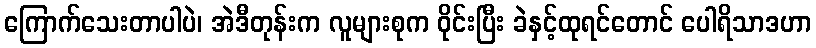
ကြောက်သေးတာပါပဲ၊ အဲဒီတုန်းက လူများစုက ဝိုင်းပြီး ခဲနှင့်ထုရင်တောင် ပေါရိသာဒဟာ